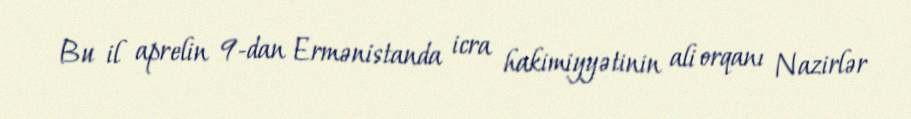
Bu il aprelin 9-dan Ermənistanda icra hakimiyyətinin ali orqanı Nazirlər